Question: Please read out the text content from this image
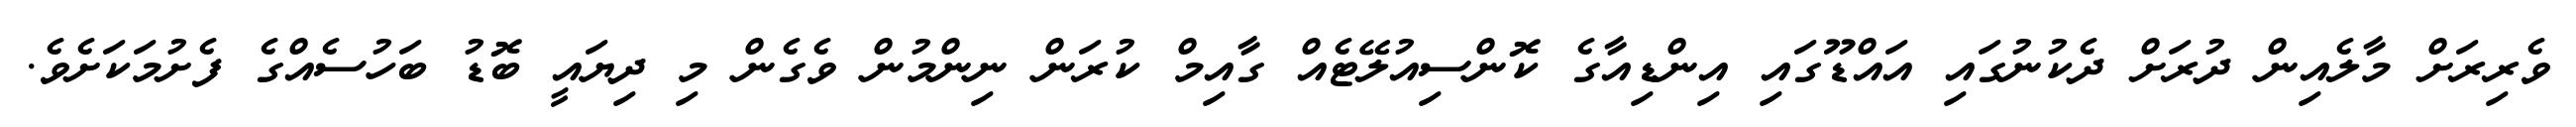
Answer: ވެރިރަށް މާލެއިން ދުރަށް ދެކުނުގައި އައްޑޫގައި އިންޑިއާގެ ކޮންސިއުލޭޓެއް ގާއިމް ކުރަން ނިންމުން ވެގެން މި ދިޔައީ ބޮޑު ބަހުސެއްގެ ފެށުމަކަށެވެ.